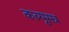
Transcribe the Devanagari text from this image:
कल्पूसत्र